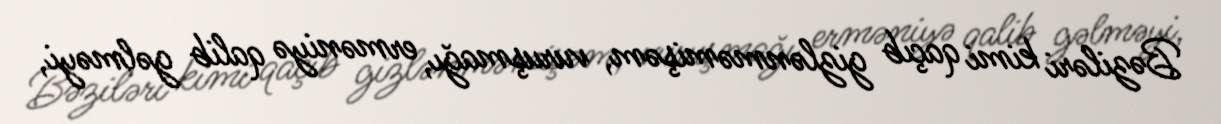
Bəziləri kimi qaçıb gizlənməmişəm, vuruşmağı, erməniyə qalib gəlməyi,